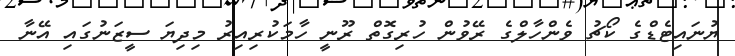
ޔުނައިޓެޑްގެ ކޯޗު ވެންހާލްގެ ރޭވުން ހުރިގޮތް ރޫނީ ހާމަކުރިއިރު މިދިޔަ ސީޒަނުގައި އޭނާ